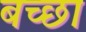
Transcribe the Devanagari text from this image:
बच्छा